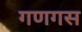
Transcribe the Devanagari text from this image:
गणगस